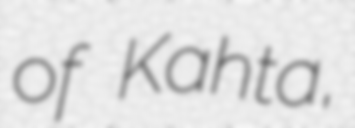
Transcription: of Kahta,